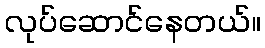
လုပ်ဆောင်နေတယ်။